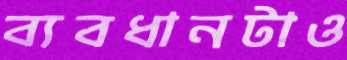
ব্যবধানটাও